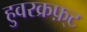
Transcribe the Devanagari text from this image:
हुवरक्रफ़्ट